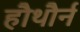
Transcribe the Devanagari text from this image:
हौथौर्न